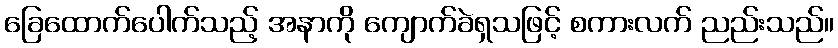
ခြေထောက်ပေါက်သည့် အနာကို ကျောက်ခဲရှသဖြင့် စကားလက် ညည်းသည်။